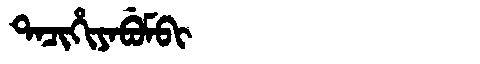
Manchu: ᡨᠠᠴᡳᡥᡳᠶᠠᠪᡠᠮᠪᡳ
Romanization: TACIHIYABUMBI